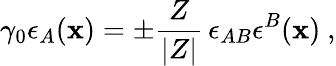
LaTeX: \gamma_{0}\epsilon_{A}(\mathbf{x})=\pm\frac{{Z}}{{|Z|}}\, \epsilon_{AB}\epsilon^{B}(\mathbf{x})\ ,